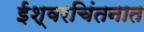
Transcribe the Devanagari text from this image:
ईश्वरचिंतनात